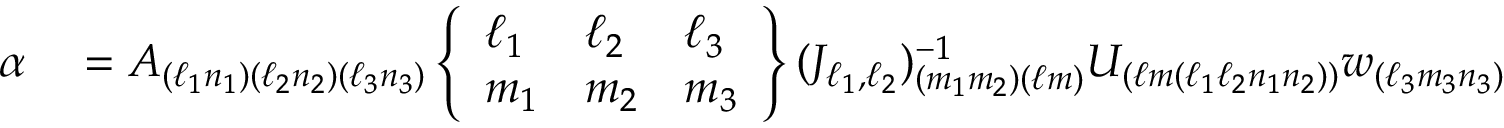
\begin{array} { r l } { \alpha } & { { } = A _ { ( \ell _ { 1 } n _ { 1 } ) ( \ell _ { 2 } n _ { 2 } ) ( \ell _ { 3 } n _ { 3 } ) } \left\{ \begin{array} { l l l } { \ell _ { 1 } } & { \ell _ { 2 } } & { \ell _ { 3 } } \\ { m _ { 1 } } & { m _ { 2 } } & { m _ { 3 } } \end{array} \right\} ( J _ { \ell _ { 1 } , \ell _ { 2 } } ) _ { ( m _ { 1 } m _ { 2 } ) ( \ell m ) } ^ { - 1 } U _ { ( \ell m ( \ell _ { 1 } \ell _ { 2 } n _ { 1 } n _ { 2 } ) ) } w _ { ( \ell _ { 3 } m _ { 3 } n _ { 3 } ) } } \end{array}